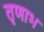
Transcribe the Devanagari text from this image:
तृणाभ